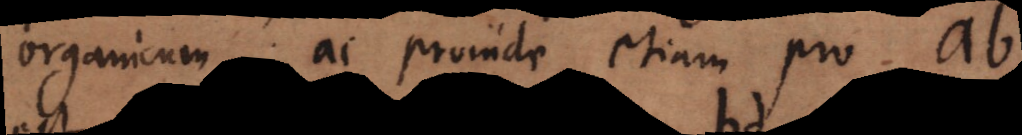
organicum; ac proinde etiam pro ab